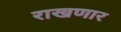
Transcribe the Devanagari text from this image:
राखणार